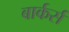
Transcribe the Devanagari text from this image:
बार्कर्स